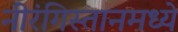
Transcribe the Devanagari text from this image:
नीरंगिस्तानमध्ये